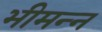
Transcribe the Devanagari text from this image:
भीमन्‍न